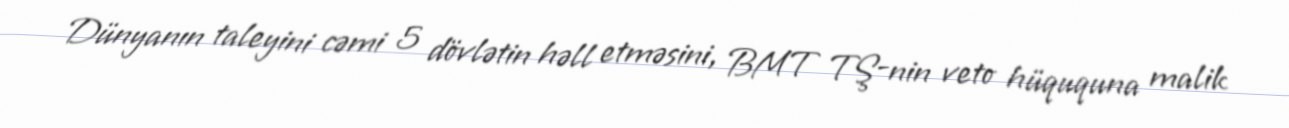
Dünyanın taleyini cəmi 5 dövlətin həll etməsini, BMT TŞ-nin veto hüququna malik